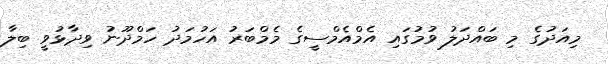
މިއަދުގެ މި ބައްދަލު ވުމުގައި އެމްއެމްސީގެ މެމްބަރު އަހުމަދު ހަމްދޫނު ވިދާޅުވީ ބިލާ